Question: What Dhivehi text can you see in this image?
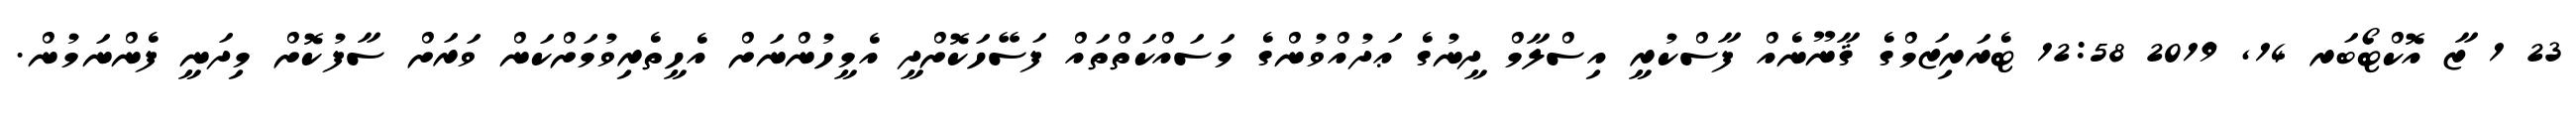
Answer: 23 1 ޒާ އޮކްޓޯބަރ 14, 2019 12:58 ޓެރަރިޒަމްގެ ޤާނޫނެއް ފާސްކުރީ އިސްލާމް ދީނުގެ ޢަދުއްވުންގެ މަސައްކަތްތައް ފަސޭހަކޮށްދީ އެމީހުންނަށް އެހީތެރިވުމަށްކަން ވަރަށް ސާފުކޮށް މިދަނީ ފެންނަމުން.